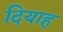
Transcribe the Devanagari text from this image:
दियाह